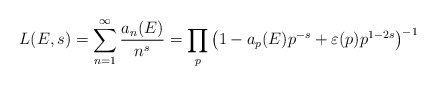
\begin{align*} L(E,s) = \sum_{n=1}^{\infty} \frac{a_{n}(E)}{n^{s}} = \prod_{p} \left(1 - a_{p}(E) p^{-s} + \varepsilon(p) p^{1-2s}\right)^{-1}\end{align*}